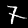
Label: 7